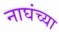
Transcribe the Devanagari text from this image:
नाघंच्या